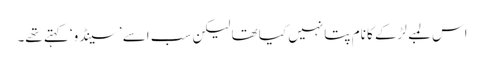
اس لمبے لڑکے کا نام پتا نہیں کیا تھا لیکن سب اسے ’سینڈو‘ کہتے تھے۔